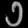
Digit: ၁